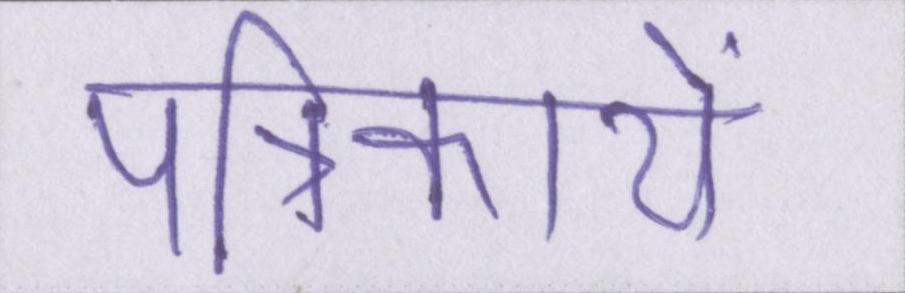
पत्रिकायें